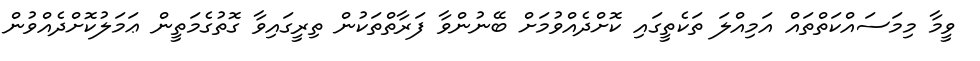
ވީމާ މިމަސައްކަތްތައް އަމިއްލަ ތަކެތީގައި ކޮށްދެއްވުމަށް ބޭނުންވާ ފަރާތްތަކުން ތިރީގައިވާ ގޮތުގެމަތީން ޢަމަލުކޮށްދެއްވުން